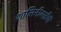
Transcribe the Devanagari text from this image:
शालिनीबाईंची